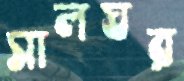
সালঘর